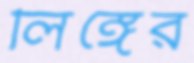
লিঙ্গের